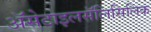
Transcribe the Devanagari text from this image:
ॲसेटाइलसॅलिसिलिक